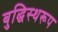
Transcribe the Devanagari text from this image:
बुद्धिस्थरूप